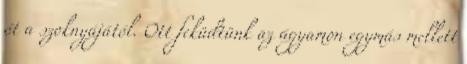
őt a szoknyájától. Ott feküdtünk az ágyamon egymás mellett